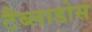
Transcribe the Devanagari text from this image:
टैब्लाडोस